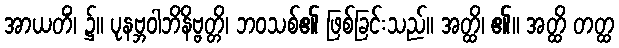
အာယတိံ၊ ၌။ ပုနဗ္ဘဝါဘိနိဗ္ဗတ္တိ၊ ဘဝသစ်၏ ဖြစ်ခြင်းသည်။ အတ္ထိ၊ ၏။ အတ္ထိ တတ္ထ